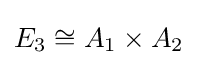
E_{3}\cong A_{1}\times A_{2}